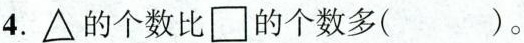
4.\bigtriangleup 的个数比\Box 的个数多（ ）。